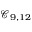
\mathcal { C } _ { 9 , 1 2 }